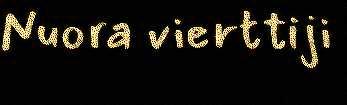
Nuora vierttiji